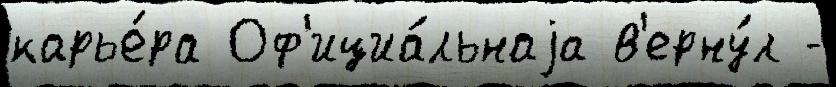
карье́ра Оф'ициа́льнаjа в'ерну́л -